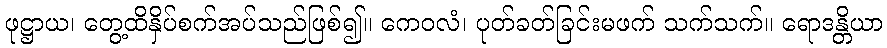
ဖုဋ္ဌာယ၊ တွေ့ထိနှိပ်စက်အပ်သည်ဖြစ်၍။ ကေဝလံ၊ ပုတ်ခတ်ခြင်းမဖက် သက်သက်။ ရောဒန္တိယာ